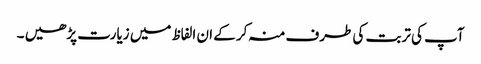
آپ کی تربت کی طرف منہ کر کے ان الفاظ میں زیارت پڑھیں ۔